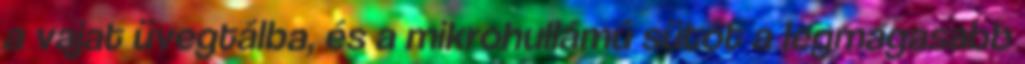
a vajat üvegtálba, és a mikrohullámú sütőt a legmagasabb